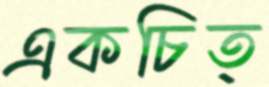
একচিত্